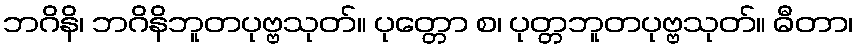
ဘဂိနိ၊ ဘဂိနိဘူတပုဗ္ဗသုတ်။ ပုတ္တော စ၊ ပုတ္တဘူတပုဗ္ဗသုတ်။ ဓီတာ၊